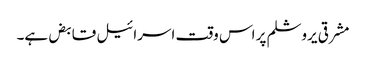
مشرقی یروشلم پر اس وقت اسرائیل قابض ہے۔